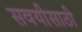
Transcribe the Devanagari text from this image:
सवयीसाठी